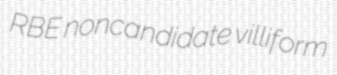
RBE noncandidate villiform